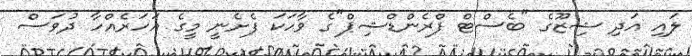
ލައި އަދި ޝިޒޫގެ "ބެސްޓް ފްރެންޑްޝިޕް"ގެ ވާހަކަ ފެށެނީ މީގެ އަހަރެއްހާ ދުވަސް